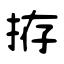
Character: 拵